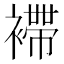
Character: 𧝫